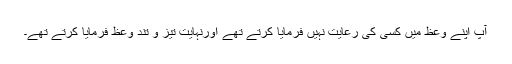
آپ اپنے وعظ میں کسی کی رعایت نہیں فرمایا کرتے تھے اورنہایت تیز و تند وعظ فرمایا کرتے تھے۔